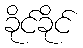
ခိုင်ခိုင်